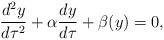
LaTeX: \begin{align*}\frac{d^2y}{d\tau ^2}+\alpha \frac{dy}{d\tau }+\beta (y)=0,\end{align*}